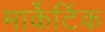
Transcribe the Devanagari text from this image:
मार्केटिंक